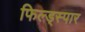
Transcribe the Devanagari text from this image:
फिल्ड्स्पार